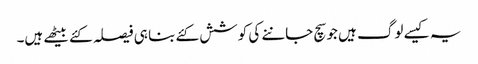
یہ کیسے لوگ ہیں جو سچ جاننے کی کوشش کئے بنا ہی فیصلہ کئے بیٹھے ہیں۔